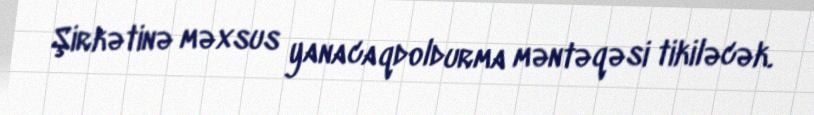
Şirkətinə məxsus yanacaqdoldurma məntəqəsi tikiləcək.